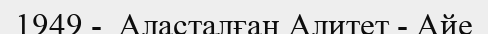
1949 -  Аласталған Алитет - Айе